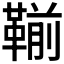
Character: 𩋳